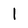
Character: 1